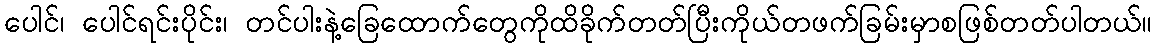
ပေါင်၊ ပေါင်ရင်းပိုင်း၊ တင်ပါးနဲ့ခြေထောက်တွေကိုထိခိုက်တတ်ပြီးကိုယ်တဖက်ခြမ်းမှာစဖြစ်တတ်ပါတယ်။